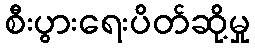
စီးပွားရေးပိတ်ဆို့မှု